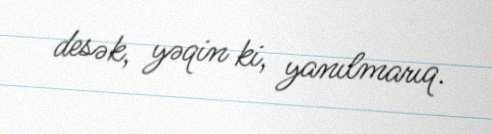
desək, yəqin ki, yanılmarıq.